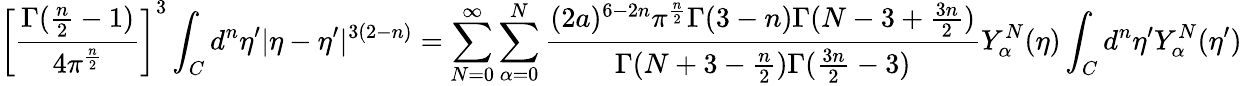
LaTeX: \left[\frac{\Gamma(\frac{n}{2}-1)}{4\pi^{\frac{n}{2}}}\right]^{3}\int_{C}d^{n}\eta^{\prime}|\eta-\eta^{\prime}|^{3(2-n)}=\sum_{N=0}^{\infty}\sum_{\alpha=0}^{N}\frac{(2a)^{6-2n}{\pi}^{\frac{n}{2}}\Gamma(3-n)\Gamma(N-3+\frac{3n}{2})}{\Gamma(N+3-\frac{n}{2})\Gamma(\frac{3n}{2}-3)}Y_{\alpha}^{N}({\eta})\int_{C}d^{n}\eta^{\prime}Y_{\alpha}^{N}(\eta^{\prime})